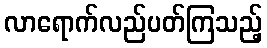
လာရောက်လည်ပတ်ကြသည့်